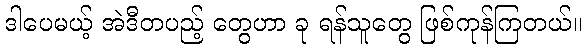
ဒါပေမယ့် အဲဒီတပည့် တွေဟာ ခု ရန်သူတွေ ဖြစ်ကုန်ကြတယ်။